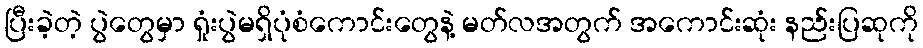
ပြီးခဲ့တဲ့ ပွဲတွေမှာ ရှုံးပွဲမရှိပုံစံကောင်းတွေနဲ့ မတ်လအတွက် အကောင်းဆုံး နည်းပြဆုကို